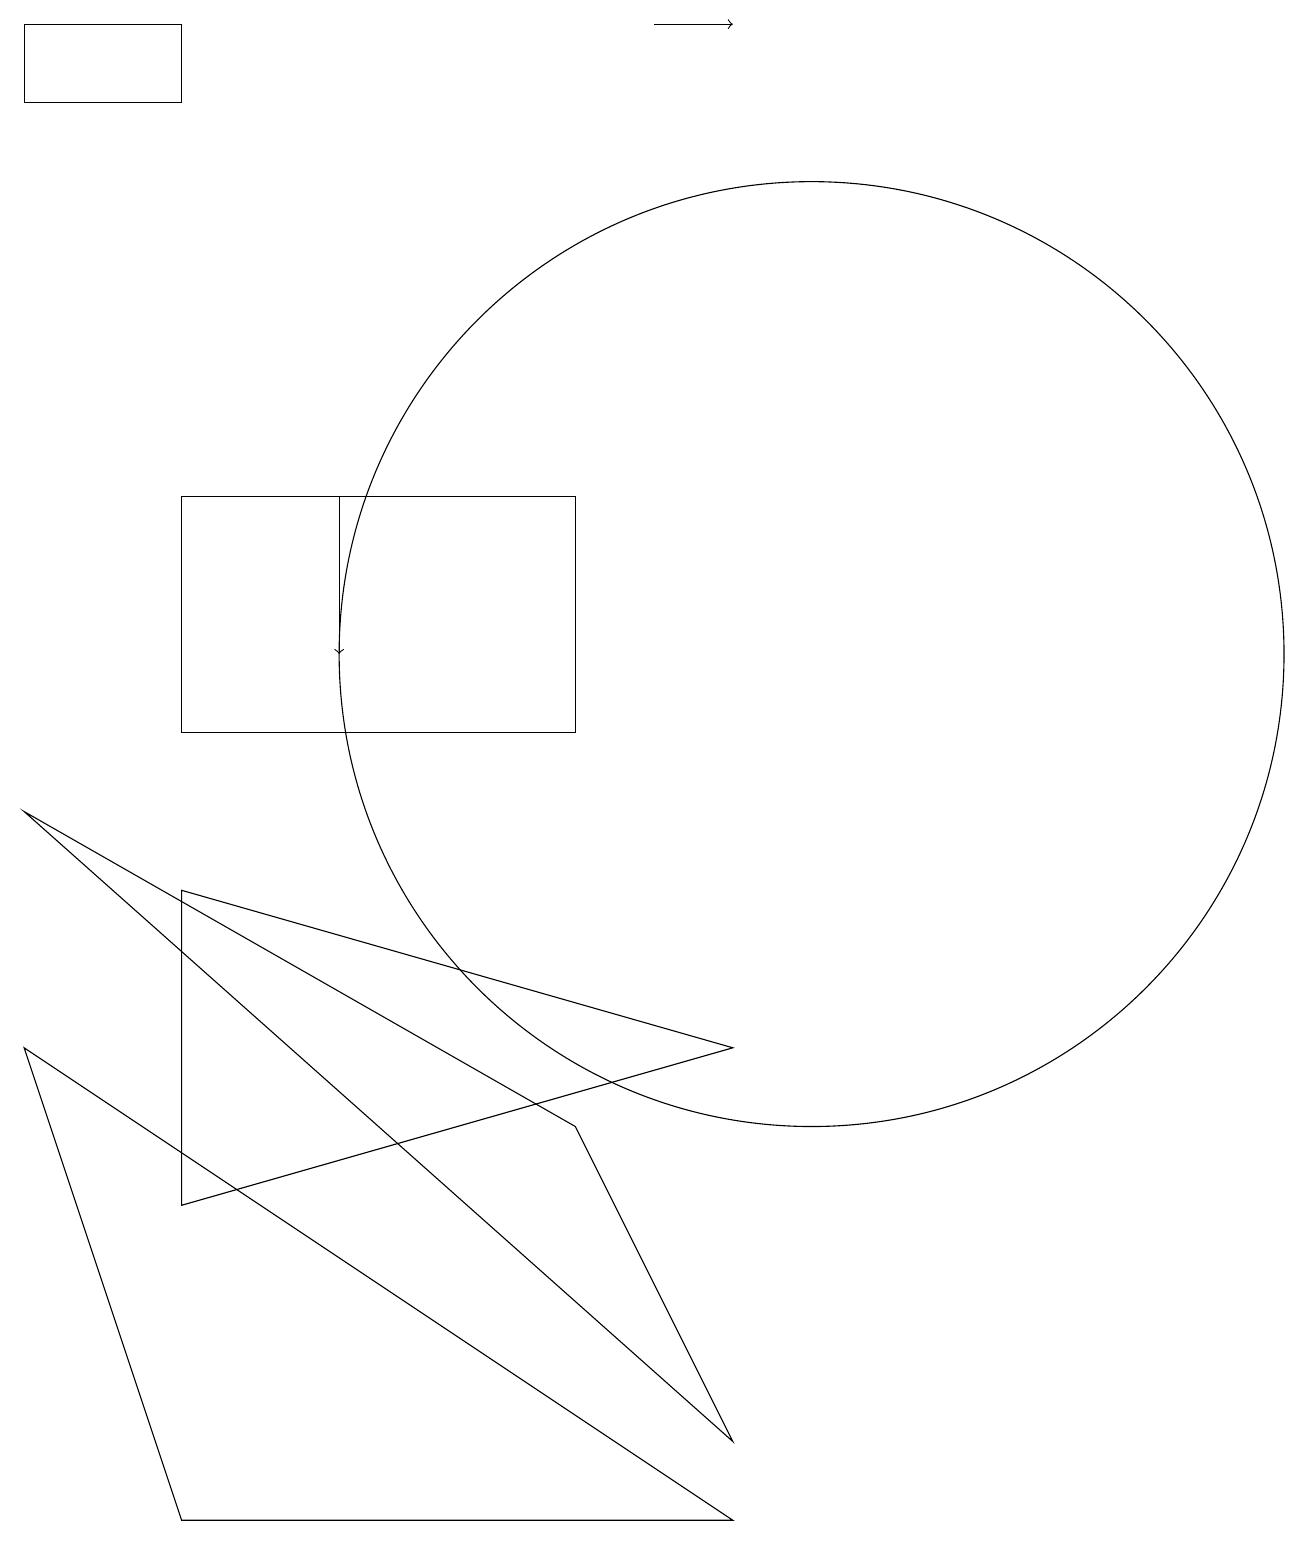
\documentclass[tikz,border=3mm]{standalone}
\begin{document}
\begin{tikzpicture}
\draw (2,19) rectangle (0,18);
\draw (7,5) -- (9,1) -- (0,9) -- cycle;
\draw[->] (4,13) -- (4,11);
\draw (2,13) rectangle (7,10);
\draw (9,0) -- (2,0) -- (0,6) -- cycle;
\draw (2,4) -- (2,8) -- (9,6) -- cycle;
\draw[->] (8,19) -- (9,19);
\draw (10,11) circle (6);
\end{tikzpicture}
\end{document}